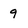
Character: 9